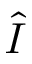
\hat { I }